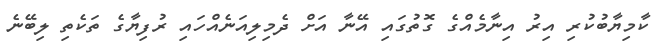
ކާމިޔާބުކުރި އިރު އިނާމެއްގެ ގޮތުގައި އޭނާ އަށް ދެމިލިއަނެއްހައި ރުފިޔާގެ ތަކެތި ލިބޭނެ